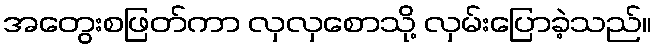
အတွေးစဖြတ်ကာ လှလှစောသို့ လှမ်းပြောခဲ့သည်။